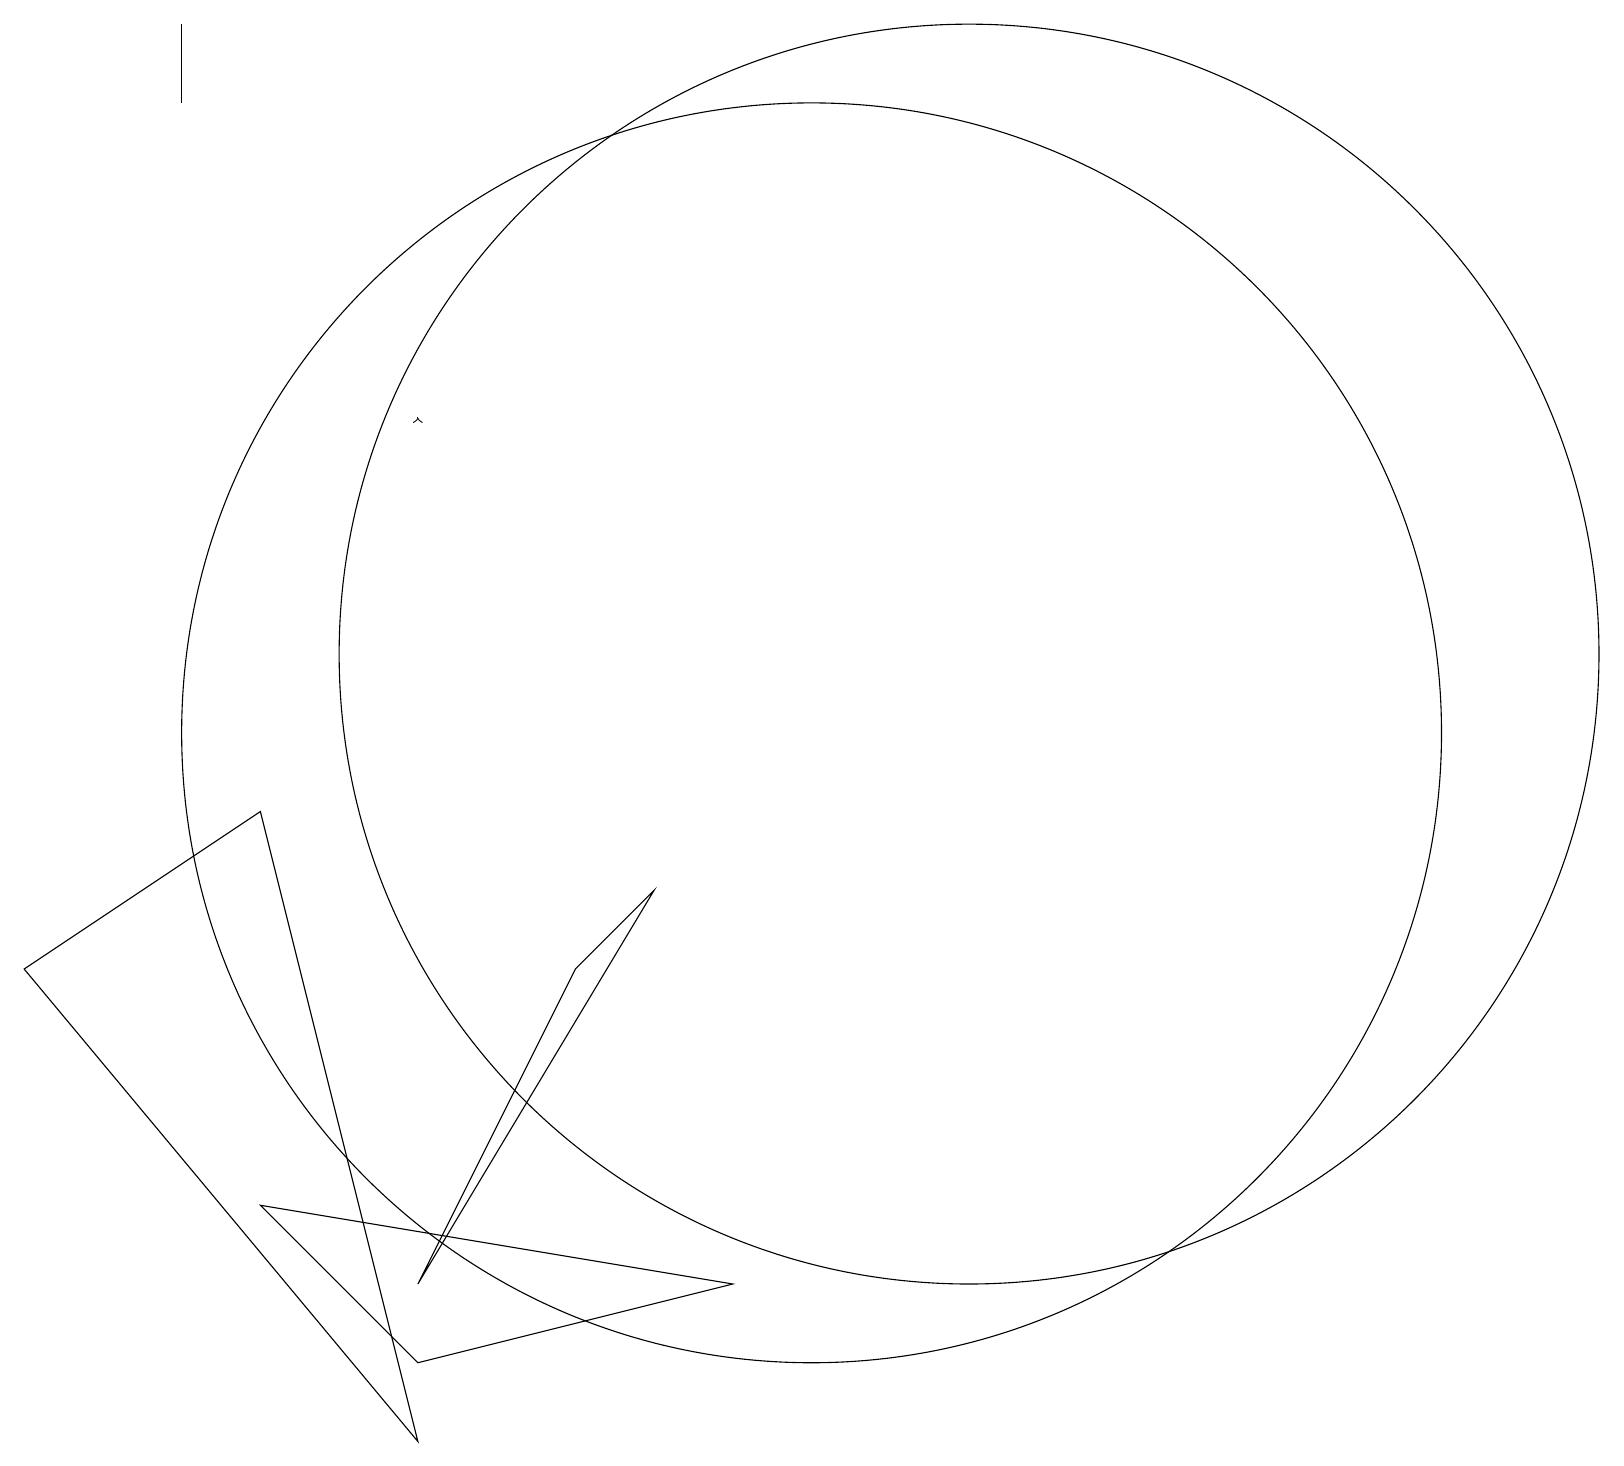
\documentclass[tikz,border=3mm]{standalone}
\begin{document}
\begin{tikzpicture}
\draw (5,3) -- (8,8) -- (7,7) -- cycle;
\draw[->] (5,14) -- (5,14);
\draw (3,9) -- (5,1) -- (0,7) -- cycle;
\draw (2,19) rectangle (2,18);
\draw (9,3) -- (5,2) -- (3,4) -- cycle;
\draw (12,11) circle (8);
\draw (10,10) circle (8);
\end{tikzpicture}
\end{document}